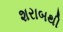
શરાબથી